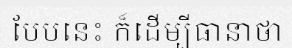
បែបនេះ ក៏ដើម្បីធានាថា